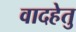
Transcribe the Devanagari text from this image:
वादहेतु